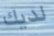
لديك